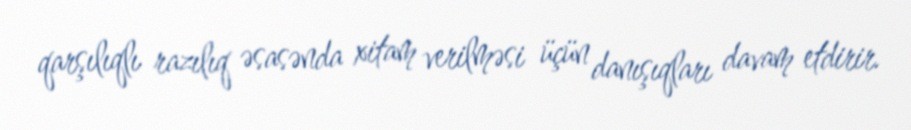
qarşılıqlı razılıq əsasənda xitam verilməsi üçün danışıqları davam etdirir.